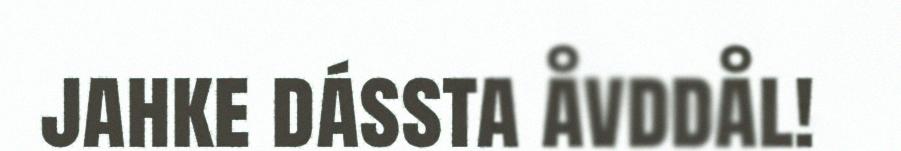
jahke dássta åvddål!